Calcutta medical institutions reports 1879-81 [i.e.91]
Year: 1879
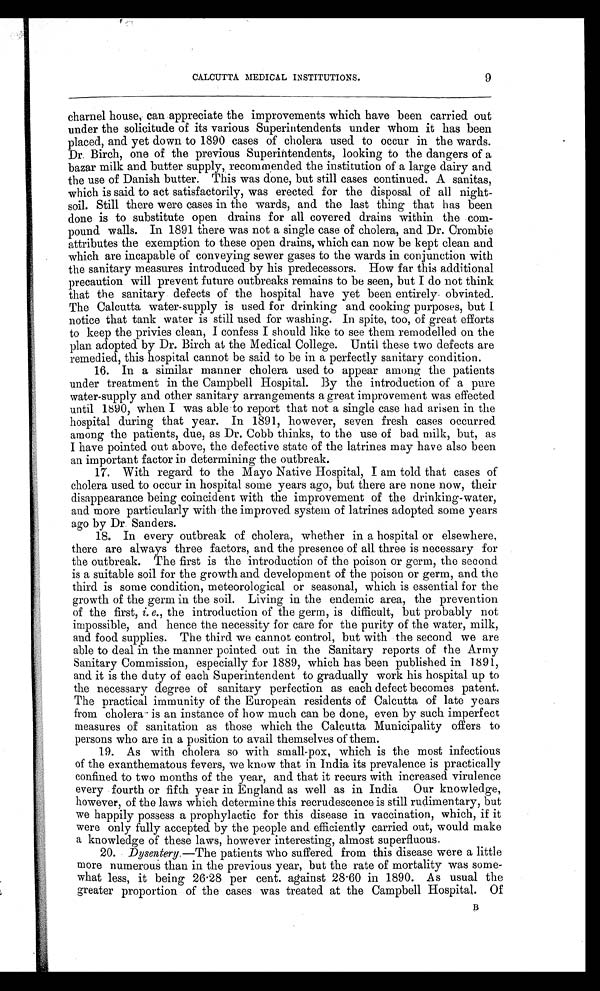
9
CALCUTTA MEDICAL INSTITUTIONS.
charnel house, can appreciate the improvements which have been carried out
under the solicitude of its various Superintendents under whom it has been
placed, and yet down to 1890 cases of cholera used to occur in the wards.
Dr. Birch, one of the previous Superintendents, looking to the dangers of a
bazar milk and butter supply, recommended the institution of a large dairy and
the use of Danish butter. This was done, but still cases continued. A sanitas,
which is said to act satisfactorily, was erected for the disposal of all night-
soil. Still there were cases in the wards, and the last thing that has been
done is to substitute open drains for all covered drains within the com
-pound walls. In 1891 there was not a single case of cholera, and Dr. Crombie
attributes the exemption to these open drains, which can now be kept clean and
which are incapable of conveying sewer gases to the wards in conjunction with
the sanitary measures introduced by his predecessors. How far this additional
precaution will prevent future outbreaks remains to be seen, but I do not think
that the sanitary defects of the hospital have yet been entirely obviated.
The Calcutta water-supply is used for drinking and cooking purposes, but I
notice that tank water is still used for washing. In spite, too, of great efforts
to keep the privies clean, I confess I should like to see them remodelled on the
plan adopted by Dr. Birch at the Medical College. Until these two defects are
remedied, this hospital cannot be said to be in a perfectly sanitary condition.
16. In a similar manner cholera used to appear among the patients
under treatment in the Campbell Hospital. By the introduction of a pure
water-supply and other sanitary arrangements a great improvement was effected
until 1890, when I was able to report that not a single case had arisen in the
hospital during that year. In 1891, however, seven fresh cases occurred
among the patients, due, as Dr. Cobb thinks, to the use of bad milk, but, as
I have pointed out above, the defective state of the latrines may have also been
an important factor in determining the outbreak.
17. With regard to the Mayo Native Hospital, I am told that cases of
cholera used to occur in hospital some years ago, but there are none now, their
disappearance being coincident with the improvement of the drinking-water,
and more particularly with the improved system of latrines adopted some years
ago by Dr. Sanders.
18. In every outbreak of cholera, whether in a hospital or elsewhere,
there are always three factors, and the presence of all three is necessary for
the outbreak. The first is the introduction of the poison or germ, the second
is a suitable soil for the growth and development of the poison or germ, and the
third is some condition, meteorological or seasonal, which is essential for the
growth of the germ in the soil. Living in the endemic area, the prevention
of the first, i . e . ,
t h e i n t r o d u c t i o n o f t h e g e r m , i s d i f f i c u l t , b u t p r o b a b l y n o t
impossible, and hence the necessity for care for the purity of the water, milk,
and food supplies. The third we cannot control, but with the second we are
able to deal in the manner pointed out in the Sanitary reports of the Army
Sanitary Commission, especially for 1889, which has been published in 1891,
and it is the duty of each Superintendent to gradually work his hospital up to
the necessary degree of sanitary perfection as each defect becomes patent.
The practical immunity of the European residents of Calcutta of late years
from cholera is an instance of how much can be done, even by such imperfect
measures of sanitation as those which the Calcutta Municipality offers to
persons who are in a position to avail themselves of them.
19. As with cholera so with small-pox, which is the most infectious
of the exanthematous fevers, we know that in India its prevalence is practically
confined to two months of the year, and that it recurs with increased virulence
every fourth or fifth year in England as well as in India Our knowledge,
however, of the laws which determine this recrudescence is still rudimentary, but
we happily possess a prophylactic for this disease in vaccination, which, if it
were only fully accepted by the people and efficiently carried out, would make
a knowledge of these laws, however interesting, almost superfluous.
20. Dysentery.—The patients who suffered from this disease were a little
more numerous than in the previous year, but the rate of mortality was some
- w h a t l e s s , i t b e i n g 2 6 . 2 8 p e r c e n t . a g a i n s t 2 8 . 6 0 i n 1 8 9 0 . A s u s u a l t h e
greater proportion of the cases was treated at the Campbell Hospital. Of B